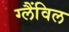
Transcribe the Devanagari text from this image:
ग्लैंविल